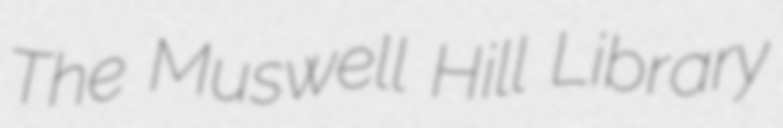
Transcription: The Muswell Hill Library